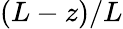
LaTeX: (L-z)/L